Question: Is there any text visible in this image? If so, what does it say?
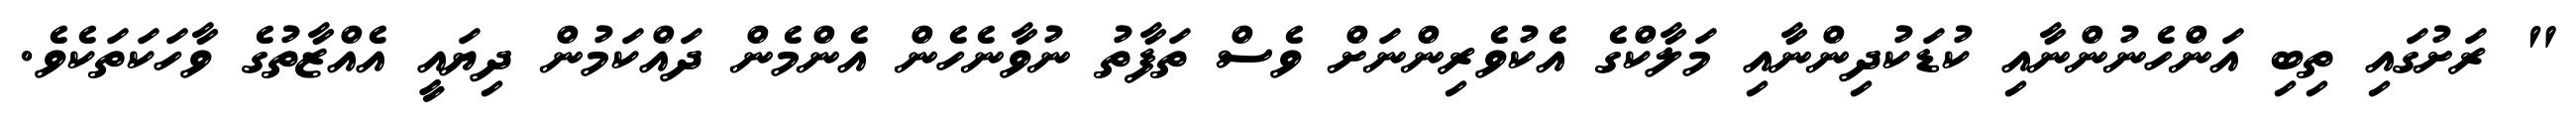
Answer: " ރަށުގައި ތިބި އަންހެނުންނާއި ކުޑަކުދިންނާއި މަލާކްގެ އެކުވެރިންނަށް ވެސް ތަފާތު ނުވާނެހެން އެންމެން ދައްކަމުން ދިޔައީ އެއްޒާތުގެ ވާހަކަތަކެވެ.